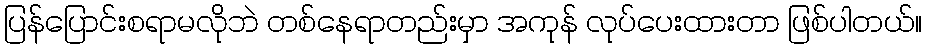
ပြန်ပြောင်းစရာမလိုဘဲ တစ်နေရာတည်းမှာ အကုန် လုပ်ပေးထားတာ ဖြစ်ပါတယ်။